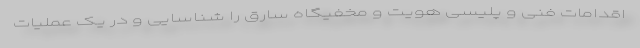
اقدامات فنی و پلیسی هویت و مخفیگاه سارق را شناسایی و در یک عملیات